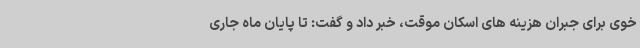
خوی برای جبران هزینه های اسکان موقت، خبر داد و گفت: تا پایان ماه جاری